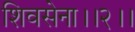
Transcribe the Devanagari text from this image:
शिवसेना।।२।।